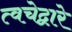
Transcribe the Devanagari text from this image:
त्वचेद्वारे